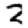
Digit: 2